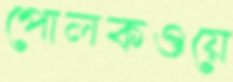
পোলকওয়ে